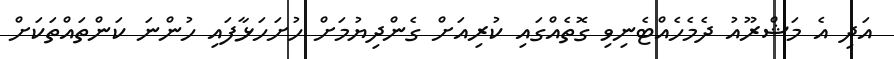
އަދި އެ މަޝްރޫއު ދެމެހެއްޓެނިވި ގޮތެއްގައި ކުރިއަށް ގެންދިޔުމަށް ހުށަހަޅާފައި ހުންނަ ކަންތައްތަކަށް